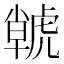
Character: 𮓫